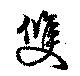
雙